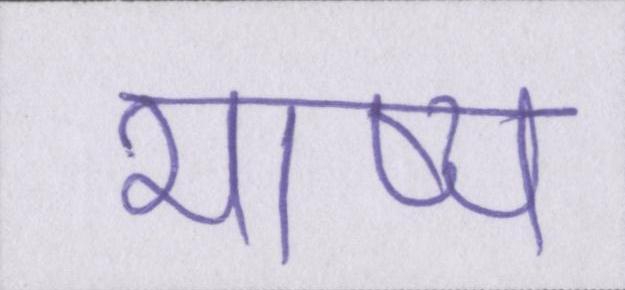
भाष्य